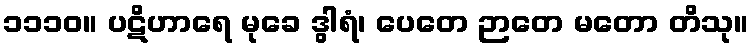
၁၁၁၀။ ပဋိဟာရေ မုခေ ဒွါရံ၊ ပေတေ ဉာတေ မတော တိသု။